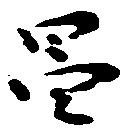
昌